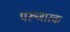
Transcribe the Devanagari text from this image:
परूजारक